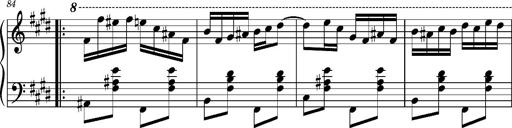
Title: Ungarischer Romanzero
Composer: Franz Liszt